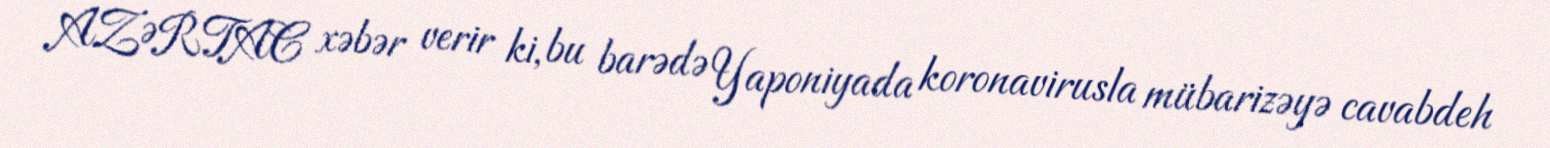
AZƏRTAC xəbər verir ki, bu barədə Yaponiyada koronavirusla mübarizəyə cavabdeh